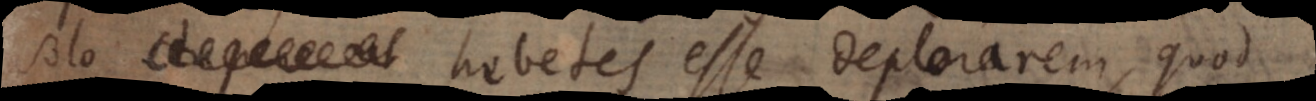
solo hebetes esse deplorarem, quod